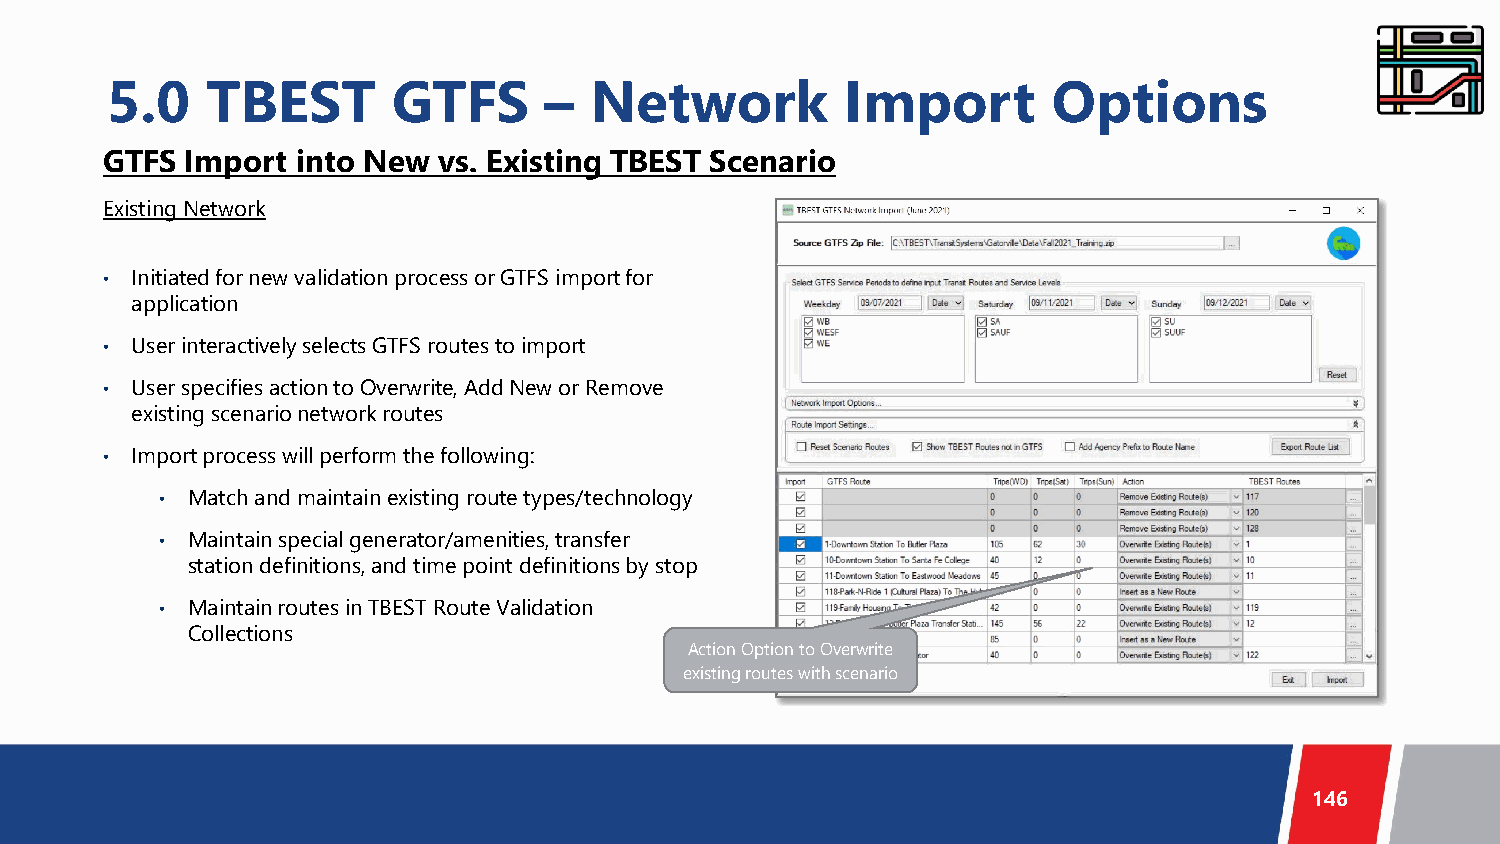
5.0    TBEST       GTFS      –  Network          Import        Options
 GTFS Import  into New vs. Existing TBEST Scenario
 Existing Network
 • Initiated for new validation process or GTFS import for
 application
 • User interactively selects GTFS routes to import
 • User specifies action to Overwrite, Add New or Remove
 existing scenario network routes
 • Import process will perform the following:
 • Match and maintain existing route types/technology
 • Maintain special generator/amenities, transfer
 station definitions, and time point definitions by stop
 • Maintain routes in TBEST Route Validation
 Collections
 Action Option to Overwrite
 existing routes with scenario
 146